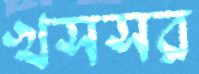
খসসর